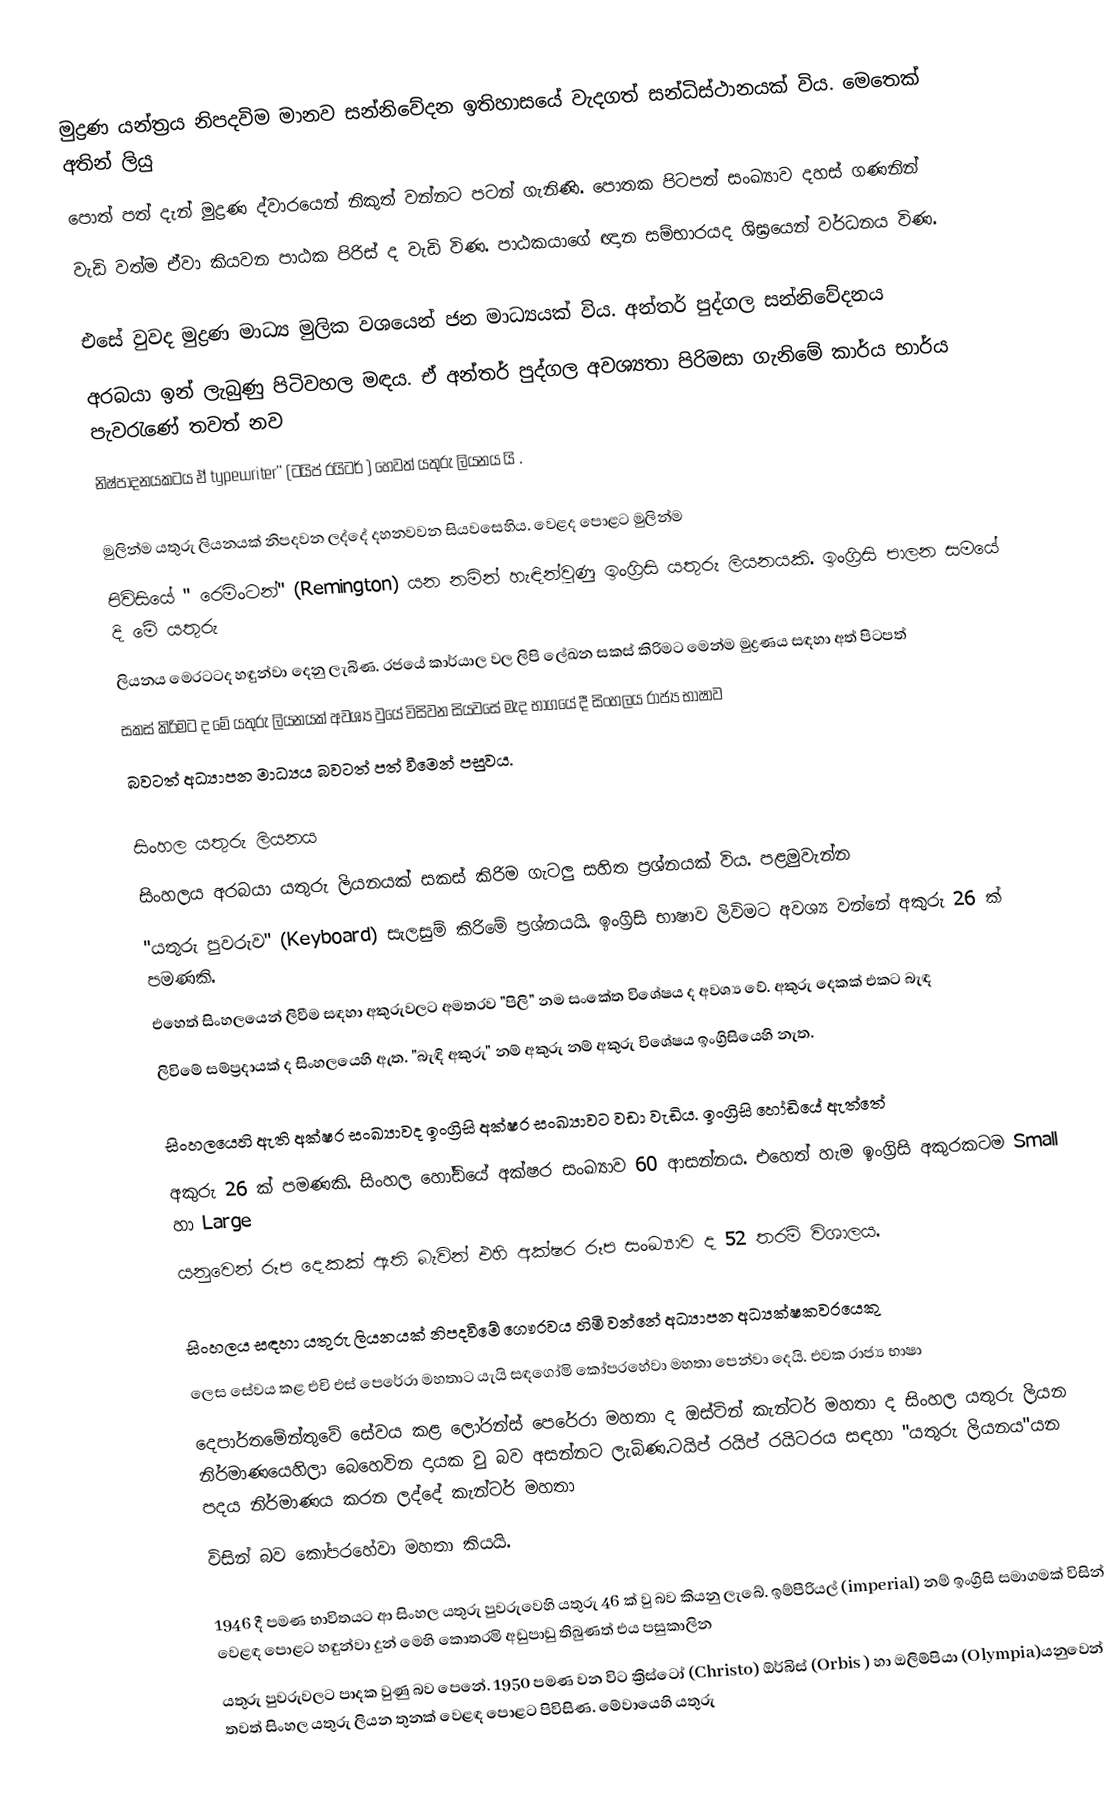
මුද්‍රණ යන්ත්‍රය නිපදවිම මානව සන්නිවේදන ඉතිහාසයේ වැදගත් සන්ධිස්ථානයක් විය. මෙතෙක් අතින් ලියු
පොත් පත් දැන් මුද්‍රණ ද්වාරයෙන් නිකුත් වන්නට පටන් ගැනිණි. පොතක පිටපත් සංඛ්‍යාව දහස් ගණනින්
වැඩි වත්ම ඒවා කියවන පාඨක පිරිස් ද වැඩි විණ. පාඨකයාගේ ඥාන සම්භාරයද ශිඝ්‍රයෙන් වර්ධනය විණ.

		එසේ වුවද මුද්‍රණ මාධ්‍ය මුලික වශයෙන් ජන මාධ්‍යයක් විය. අන්තර් පුද්ගල සන්නිවේදනය
අරබයා ඉන් ලැබුණු පිටිවහල මඳය. ඒ අන්තර් පුද්ගල අවශ්‍යතා පිරිමසා ගැනිමේ කාර්ය භාර්ය පැවරැණේ තවත් නව
නිෂ්පාදනයකටය ඒ typewriter'' (ටයිප් රයිටර් ) හෙවත් යතුරු ලියනය යි .

		මුලින්ම යතුරු ලියනයක් නිපදවන ලද්දේ දහනවවන සියවසෙහිය. වෙළද පොළට මුලින්ම
පිවිසියේ " රෙමිංටන්" (Remington) යන නමින් හැඳින්වුණු ඉංග්‍රිසි යතුරු ලියනයකි. ඉංග්‍රිසි පාලන සමයේ දි මේ යතුරු
ලියනය මෙරටටද හඳුන්වා දෙනු ලැබිණ. රජයේ කාර්යාල වල ලිපි ලේඛන සකස් කිරිමට මෙන්ම මුද්‍රණය සඳහා අත් පිටපත්
සකස් කිරිමට ද මේ යතුරු ලියනයක් අවශ්‍ය වුයේ විසිවන සියවසේ මැද භාගයේ දී සිංහලය රාජ්‍ය භාෂාව
බවටත් අධ්‍යාපන මාධ්‍යය බවටත් පත් වීමෙන් පසුවය.

 සිංහල යතුරු ලියනය
		සිංහලය අරබයා යතුරු ලියනයක් සකස් කිරිම ගැටලු සහිත ප්‍රශ්නයක් විය. පළමුවැන්න
"යතුරු පුවරුව" (Keyboard) සැලසුම් කිරිමේ ප්‍රශ්නයයි. ඉංග්‍රිසි භාෂාව ලිවිමට අවශ්‍ය වන්නේ අකුරු 26 ක් පමණකි.
එහෙත් සිංහලයෙන් ලිවීම සඳහා අකුරුවලට අමතරව "පිලි" නම සංකේත විශේෂය ද අවශ්‍ය වේ. අකුරු දෙකක් එකට බැඳ
ලිවිමේ සම්ප්‍රදායක් ද සිංහලයෙහි ඇත. "බැඳි අකුරු" නම් අකුරු නම් අකුරු විශේෂය ඉංග්‍රිසියෙහි නැත.

		සිංහලයෙහි ඇති අක්ෂර සංඛ්‍යාවද ඉංග්‍රිසි අක්ෂර සංඛ්‍යාවට වඩා වැඩිය. ඉංග්‍රිසි හෝඩි‍යේ ඇත්තේ
අකුරු 26 ක් පමණකි. සිංහල හෝඩියේ අක්ෂර සංඛ්‍යාව 60 ආසන්නය. එහෙත් හැම ඉංග්‍රිසි අකුරකටම Small හා Large
යනුවෙන් රූප දෙකක් ඇති බැවින් එහි අක්ෂර රූප සංඛ්‍යාව ද 52 තරම් විශාලය.

		සිංහලය සඳහා යතුරු ලියනයක් නිපදවිමේ ගෞරවය හිමි වන්නේ අධ්‍යාපන අධ්‍යක්ෂකවරයෙකු
ලෙස සේවය කළ එචි එස් පෙරේරා මහතාට යැයි සඳගෝමි කෝපරහේවා මහතා පෙන්වා දෙයි. එවක රාජ්‍ය භාෂා
දෙපාර්තමේන්තුවේ සේවය කළ ලෝරන්ස් පෙරේරා මහතා ද ඔස්ටින් කැන්ටර් මහතා ද සිංහල යතුරු ලියන නිර්මාණයෙහිලා බෙහෙවින දායක වු බව අසන්නට ලැබිණ.ටයිප් රයිප් රයිටරය සඳහා "යතුරු ලියනය"යන පදය නිර්මාණය කරන ලද්දේ කැන්ටර් මහතා
විසින් බව කෝපරහේවා මහතා කියයි.

		 1946 දී පමණ භාවිතයට ආ සිංහල යතුරු පුවරුවෙහි යතුරු 46 ක් වු බව කියනු ලැබේ. ඉම්පීරියල් (imperial) නම් ඉංග්‍රිසි සමාගමක් විසින් වෙළඳ පොළට හඳුන්වා දුන් මෙහි කොතරමි අඩුපාඩු තිබුණත් එය පසුකාලින
යතුරු පුවරුවලට පාදක වුණු බව පෙනේ. 1950 පමණ වන විට ක්‍රිස්ටෝ (Christo) ඕර්බිස් (Orbis ) හා ඔලිම්පියා (Olympia)යනුවෙන් තවත් සිංහල යතුරු ලියන තුනක් වෙළඳ පොළට පිවිසිණ. මේවායෙහි යතුරු